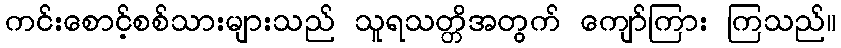
ကင်းစောင့်စစ်သားများသည် သူရသတ္တိအတွက် ကျော်ကြား ကြသည်။